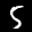
Label: 5